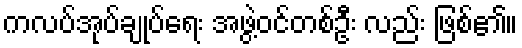
ကလပ်အုပ်ချုပ်ရေး အဖွဲ့ဝင်တစ်ဦး လည်း ဖြစ်၏။